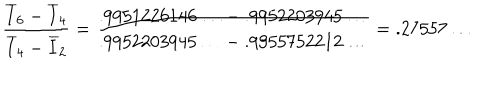
\frac { \overline { { { I } } } _ { 6 } - \overline { { { I } } } _ { 4 } } { \overline { { { I } } } _ { 4 } - \overline { { { I } } } _ { 2 } } = { \frac { { . 9 9 5 1 2 2 6 1 4 6 \ldots - . 9 9 5 2 2 0 3 9 4 5 \ldots } } { { . 9 9 5 2 2 0 3 9 4 5 \ldots - . 9 9 5 5 7 5 2 2 1 2 \ldots } } } = . 2 7 5 5 7 \ldots